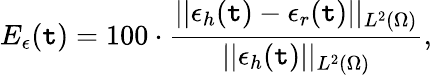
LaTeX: E_{\epsilon}(\mathtt{t})=100\cdot\frac{{||\epsilon_{h}(\mathtt{t})-\epsilon_{r}(\mathtt{t})||_{L^{2}(\Omega)}}}{{||{\epsilon_{h}}(\mathtt{t})||_{L^{2}(\Omega)}}},